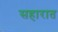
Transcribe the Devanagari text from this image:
सहारात